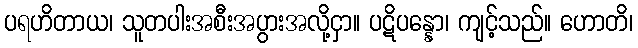
ပရဟိတာယ၊ သူတပါးအစီးအပွားအလို့ငှာ။ ပဋိပန္နော၊ ကျင့်သည်။ ဟောတိ၊